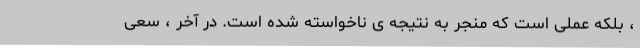
، بلکه عملی است که منجر به نتیجه ی ناخواسته شده است. در آخر ، سعی